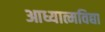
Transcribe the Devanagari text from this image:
आध्यात्मविद्या